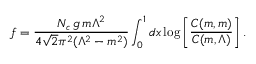
f = \frac { N _ { c } \, g \, m \Lambda ^ { 2 } } { 4 \sqrt { 2 } \pi ^ { 2 } ( \Lambda ^ { 2 } - m ^ { 2 } ) } \int _ { 0 } ^ { 1 } d x \log \left[ \frac { C ( m , m ) } { C ( m , \Lambda ) } \right] .